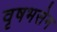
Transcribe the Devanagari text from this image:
वृषभसेन